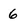
Character: 6